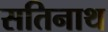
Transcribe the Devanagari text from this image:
सतिनाथ